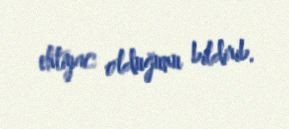
ehtiyac olduğunu bildirib.